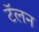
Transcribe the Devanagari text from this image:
टॅलन